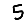
Digit: 5